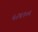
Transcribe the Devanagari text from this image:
५२६९०६